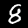
Digit: 8